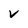
Character: v